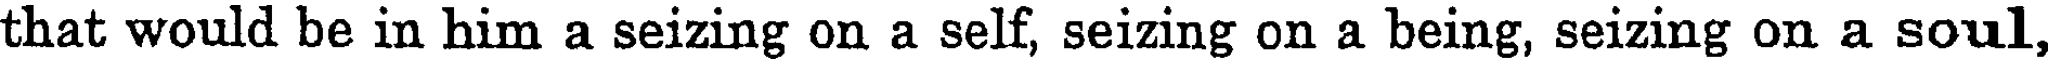
that would be in him a seizing on a self, seizing on a being, seizing on a soul,